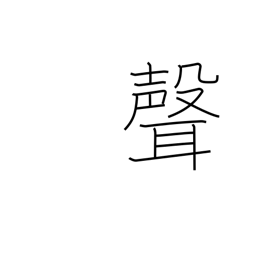
Meaning: tone